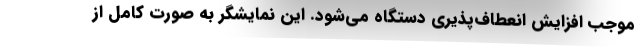
موجب افزایش انعطاف‌پذیری دستگاه می‌شود. این نمایشگر به صورت کامل از